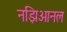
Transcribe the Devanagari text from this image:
नझिओनल